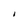
Character: 1